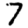
Digit: 7